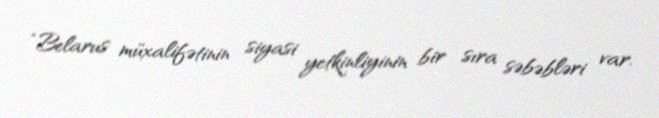
“Belarus müxalifətinin siyasi yetkinliyinin bir sıra səbəbləri var.